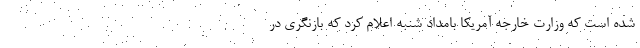
شده است که وزارت خارجه آمریکا بامداد شنبه اعلام کرد که بازنگری در